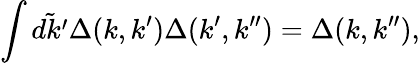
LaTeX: \int\tilde{dk^{\prime}}\Delta(k,k^{\prime})\Delta(k^{\prime},k^{\prime\prime})=\Delta(k,k^{\prime\prime}),